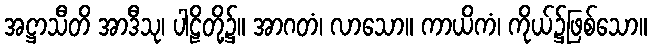
အဋ္ဌာသီတိ အာဒီသု၊ ပါဠိတို့၌။ အာဂတံ၊ လာသော။ ကာယိကံ၊ ကိုယ်၌ဖြစ်သော။